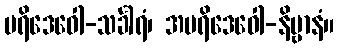
ပရိဒေဝေါ-သင်္ခါရံ၊ အပရိဒေဝေါ-နိဗ္ဗာနံ။